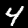
Digit: 4